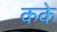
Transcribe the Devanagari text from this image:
कके